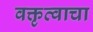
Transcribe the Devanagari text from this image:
वक्तृत्वाचा